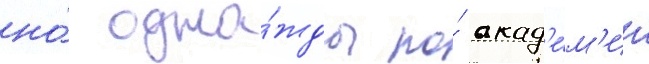
но́ одна́жды по́ акад'е́м'ии